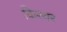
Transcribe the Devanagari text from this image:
किरयर